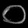
Digit: ၀